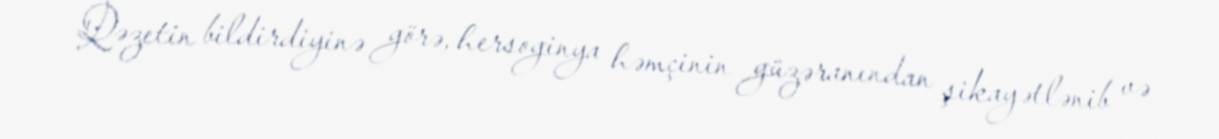
Qəzetin bildirdiyinə görə, hersoginya həmçinin güzəranından şikayətlənib və